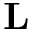
\mathbf { L }